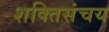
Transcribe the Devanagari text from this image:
शक्तिसंचय